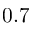
0 . 7